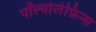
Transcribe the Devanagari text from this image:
पॉल्योलेफ़िन्स